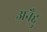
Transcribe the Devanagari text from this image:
अनैद्दु